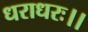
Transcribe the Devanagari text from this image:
धराधरः।।